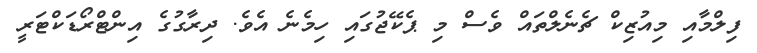
ފިލްމާއި މިއުޒިކް ޗެނެލްތައް ވެސް މި ޕެކޭޖުގައި ހިމެނެ އެވެ. ދިރާގުގެ އިންޓްރޯޑަކްޓަރީ